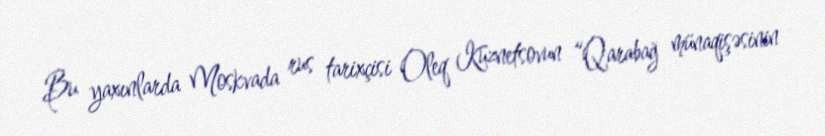
Bu yaxınlarda Moskvada rus tarixçisi Oleq Kuznetsovun “Qarabağ münaqişəsinin